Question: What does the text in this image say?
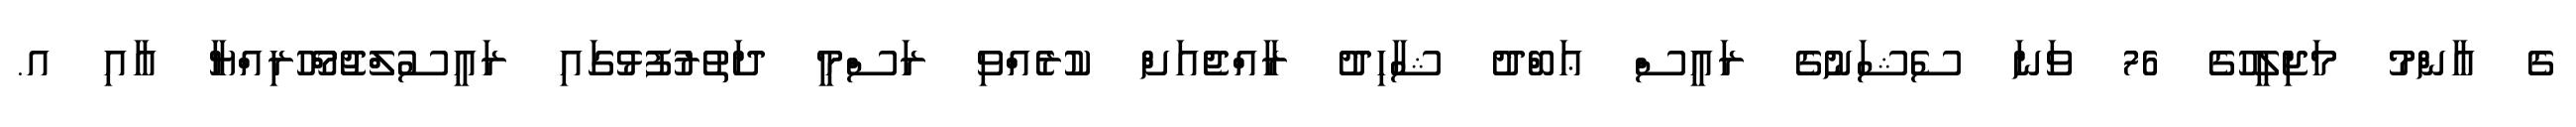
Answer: ގެ ޢާންމު މަޖިލީހުގެ 76 ވަނަ ސެޝަނުގެ ރައީސް ޢަބްދު ޝާހިދު ރާއްޖެއަށް ކުރެއްވި ރަސްމީ ދަތުރުފުޅުގައި ރައީސުލްޖުމްހޫރިއްޔާ އާއި އ.